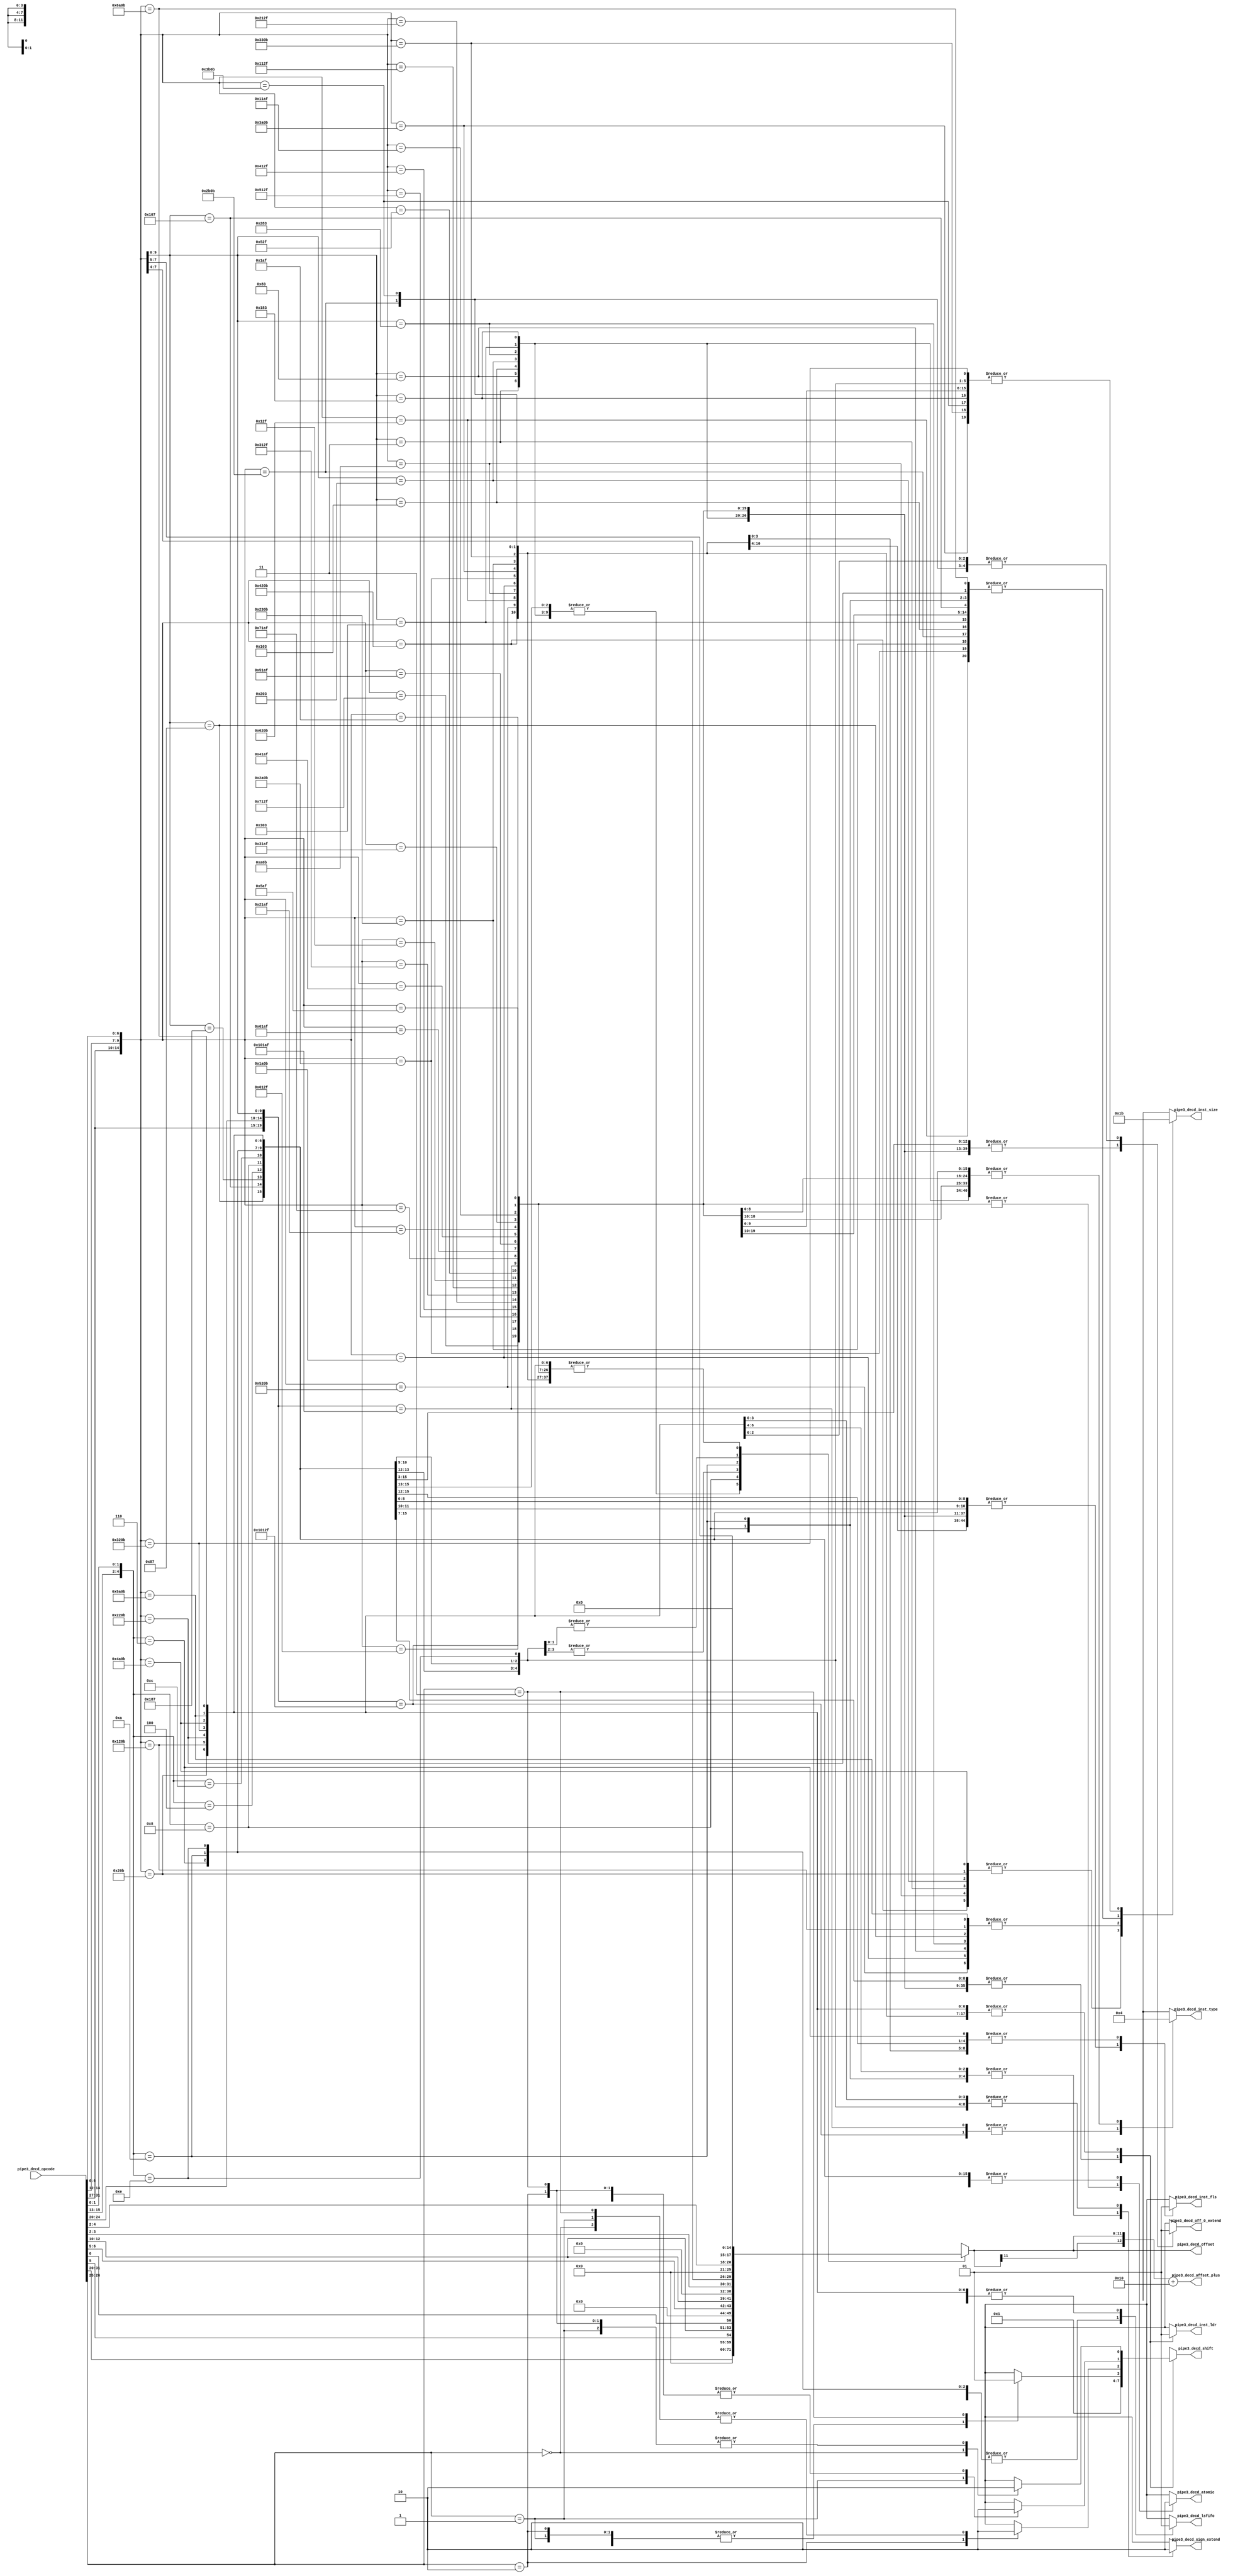
// This program was cloned from: https://github.com/T-head-Semi/openc910
// License: Apache License 2.0

/*Copyright 2019-2021 T-Head Semiconductor Co., Ltd.

Licensed under the Apache License, Version 2.0 (the "License");
you may not use this file except in compliance with the License.
You may obtain a copy of the License at

    http://www.apache.org/licenses/LICENSE-2.0

Unless required by applicable law or agreed to in writing, software
distributed under the License is distributed on an "AS IS" BASIS,
WITHOUT WARRANTIES OR CONDITIONS OF ANY KIND, either express or implied.
See the License for the specific language governing permissions and
limitations under the License.
*/

// &ModuleBeg; @27
module ct_idu_rf_pipe3_decd(
  pipe3_decd_atomic,
  pipe3_decd_inst_fls,
  pipe3_decd_inst_ldr,
  pipe3_decd_inst_size,
  pipe3_decd_inst_type,
  pipe3_decd_lsfifo,
  pipe3_decd_off_0_extend,
  pipe3_decd_offset,
  pipe3_decd_offset_plus,
  pipe3_decd_opcode,
  pipe3_decd_shift,
  pipe3_decd_sign_extend
);

// &Ports; @28
input   [31:0]  pipe3_decd_opcode;      
output          pipe3_decd_atomic;      
output          pipe3_decd_inst_fls;    
output          pipe3_decd_inst_ldr;    
output  [1 :0]  pipe3_decd_inst_size;   
output  [1 :0]  pipe3_decd_inst_type;   
output          pipe3_decd_lsfifo;      
output          pipe3_decd_off_0_extend; 
output  [11:0]  pipe3_decd_offset;      
output  [12:0]  pipe3_decd_offset_plus; 
output  [3 :0]  pipe3_decd_shift;       
output          pipe3_decd_sign_extend; 

// &Regs; @29
reg     [3 :0]  ldr_shift;              
reg             pipe3_decd_atomic;      
reg             pipe3_decd_inst_fls;    
reg             pipe3_decd_inst_ldr;    
reg     [1 :0]  pipe3_decd_inst_size;   
reg     [1 :0]  pipe3_decd_inst_type;   
reg             pipe3_decd_inst_vls;    
reg             pipe3_decd_lsfifo;      
reg             pipe3_decd_off_0_extend; 
reg     [11:0]  pipe3_decd_offset;      
reg     [3 :0]  pipe3_decd_shift;       
reg             pipe3_decd_sign_extend; 

// &Wires; @30
wire    [31:0]  decd_op;                
wire    [12:0]  pipe3_decd_offset_plus; 
wire    [31:0]  pipe3_decd_opcode;      


parameter BYTE        = 2'b00,
          HALF        = 2'b01,
          WORD        = 2'b10,
          DWORD       = 2'b11;

//==========================================================
//                    Rename Input
//==========================================================
assign decd_op[31:0] = pipe3_decd_opcode[31:0];

//==========================================================
//              Decode for offset shift
//==========================================================
// &CombBeg; @45
always @( decd_op[26:25])
begin
ldr_shift[3:0] = 4'b0;
case(decd_op[26:25])
  2'b00:ldr_shift[0] = 1'b1;
  2'b01:ldr_shift[1] = 1'b1;
  2'b10:ldr_shift[2] = 1'b1;
  2'b11:ldr_shift[3] = 1'b1;
  default:ldr_shift[3:0] = 4'b0;
endcase
// &CombEnd; @54
end

//==========================================================
//                       Decode
//==========================================================
// &CombBeg; @59
always @( decd_op[31:0]
       or ldr_shift[3:0])
begin
casez(decd_op[31:0])
//------------------------normal----------------------------
  //  ..28..24..20..16..12...8...4...0
  32'b?????????????????000?????0000011:  //lb
  begin
    pipe3_decd_atomic         = 1'b0;
    pipe3_decd_sign_extend    = 1'b1;
    pipe3_decd_inst_type[1:0] = 2'b00;
    pipe3_decd_inst_size[1:0] = 2'b00;
    pipe3_decd_inst_fls       = 1'b0;
    pipe3_decd_inst_vls       = 1'b0;
    pipe3_decd_offset[11:0]   = decd_op[31:20];
    pipe3_decd_shift[3:0]     = 4'b1;
    pipe3_decd_inst_ldr       = 1'b0;
    pipe3_decd_off_0_extend   = 1'b0;
    pipe3_decd_lsfifo         = 1'b1;
  end
  //  ..28..24..20..16..12...8...4...0
  32'b?????????????????001?????0000011:  //lh
  begin
    pipe3_decd_atomic         = 1'b0;
    pipe3_decd_sign_extend    = 1'b1;
    pipe3_decd_inst_type[1:0] = 2'b00;
    pipe3_decd_inst_size[1:0] = 2'b01;
    pipe3_decd_inst_fls       = 1'b0;
    pipe3_decd_inst_vls       = 1'b0;
    pipe3_decd_offset[11:0]   = decd_op[31:20];
    pipe3_decd_shift[3:0]     = 4'b1;
    pipe3_decd_inst_ldr       = 1'b0;
    pipe3_decd_off_0_extend   = 1'b0;
    pipe3_decd_lsfifo         = 1'b1;
  end
  //  ..28..24..20..16..12...8...4...0
  32'b?????????????????010?????0000011:  //lw
  begin
    pipe3_decd_atomic         = 1'b0;
    pipe3_decd_sign_extend    = 1'b1;
    pipe3_decd_inst_type[1:0] = 2'b00;
    pipe3_decd_inst_size[1:0] = 2'b10;
    pipe3_decd_inst_fls       = 1'b0;
    pipe3_decd_inst_vls       = 1'b0;
    pipe3_decd_offset[11:0]   = decd_op[31:20];
    pipe3_decd_shift[3:0]     = 4'b1;
    pipe3_decd_inst_ldr       = 1'b0;
    pipe3_decd_off_0_extend   = 1'b0;
    pipe3_decd_lsfifo         = 1'b1;
  end
  //  ..28..24..20..16..12...8...4...0
  32'b?????????????????100?????0000011:  //lbu
  begin
    pipe3_decd_atomic         = 1'b0;
    pipe3_decd_sign_extend    = 1'b0;
    pipe3_decd_inst_type[1:0] = 2'b00;
    pipe3_decd_inst_size[1:0] = 2'b00;
    pipe3_decd_inst_fls       = 1'b0;
    pipe3_decd_inst_vls       = 1'b0;
    pipe3_decd_offset[11:0]   = decd_op[31:20];
    pipe3_decd_shift[3:0]     = 4'b1;
    pipe3_decd_inst_ldr       = 1'b0;
    pipe3_decd_off_0_extend   = 1'b0;
    pipe3_decd_lsfifo         = 1'b1;
  end
  //  ..28..24..20..16..12...8...4...0
  32'b?????????????????101?????0000011:  //lhu
  begin
    pipe3_decd_atomic         = 1'b0;
    pipe3_decd_sign_extend    = 1'b0;
    pipe3_decd_inst_type[1:0] = 2'b00;
    pipe3_decd_inst_size[1:0] = 2'b01;
    pipe3_decd_inst_fls       = 1'b0;
    pipe3_decd_inst_vls       = 1'b0;
    pipe3_decd_offset[11:0]   = decd_op[31:20];
    pipe3_decd_shift[3:0]     = 4'b1;
    pipe3_decd_inst_ldr       = 1'b0;
    pipe3_decd_off_0_extend   = 1'b0;
    pipe3_decd_lsfifo         = 1'b1;
  end
  //  ..28..24..20..16..12...8...4...0
  32'b?????????????????110?????0000011:  //lwu
  begin
    pipe3_decd_atomic         = 1'b0;
    pipe3_decd_sign_extend    = 1'b0;
    pipe3_decd_inst_type[1:0] = 2'b00;
    pipe3_decd_inst_size[1:0] = 2'b10;
    pipe3_decd_inst_fls       = 1'b0;
    pipe3_decd_inst_vls       = 1'b0;
    pipe3_decd_offset[11:0]   = decd_op[31:20];
    pipe3_decd_shift[3:0]     = 4'b1;
    pipe3_decd_inst_ldr       = 1'b0;
    pipe3_decd_off_0_extend   = 1'b0;
    pipe3_decd_lsfifo         = 1'b1;
  end
  //  ..28..24..20..16..12...8...4...0
  32'b?????????????????011?????0000011:  //ld
  begin
    pipe3_decd_atomic         = 1'b0;
    pipe3_decd_sign_extend    = 1'b0;
    pipe3_decd_inst_type[1:0] = 2'b00;
    pipe3_decd_inst_size[1:0] = 2'b11;
    pipe3_decd_inst_fls       = 1'b0;
    pipe3_decd_inst_vls       = 1'b0;
    pipe3_decd_offset[11:0]   = decd_op[31:20];
    pipe3_decd_shift[3:0]     = 4'b1;
    pipe3_decd_inst_ldr       = 1'b0;
    pipe3_decd_off_0_extend   = 1'b0;
    pipe3_decd_lsfifo         = 1'b1;
  end
//------------------------atomic----------------------------
  //  ..28..24..20..16..12...8...4...0
  32'b00010??00000?????010?????0101111:  //lr.w
  begin
    pipe3_decd_atomic         = 1'b1;
    pipe3_decd_sign_extend    = 1'b1;
    pipe3_decd_inst_type[1:0] = 2'b01;
    pipe3_decd_inst_size[1:0] = 2'b10;
    pipe3_decd_inst_fls       = 1'b0;
    pipe3_decd_inst_vls       = 1'b0;
    pipe3_decd_offset[11:0]   = 12'b0;
    pipe3_decd_shift[3:0]     = 4'b1;
    pipe3_decd_inst_ldr       = 1'b0;
    pipe3_decd_off_0_extend   = 1'b0;
    pipe3_decd_lsfifo         = 1'b0;
  end
  //  ..28..24..20..16..12...8...4...0
  32'b00001????????????010?????0101111,  //amoswap.w
  32'b00000????????????010?????0101111,  //amoadd .w
  32'b00100????????????010?????0101111,  //amoxor .w
  32'b01100????????????010?????0101111,  //amoand .w
  32'b01000????????????010?????0101111,  //amoor  .w
  32'b10000????????????010?????0101111,  //amomin .w
  32'b10100????????????010?????0101111,  //amomax .w
  32'b11000????????????010?????0101111,  //amominu.w
  32'b11100????????????010?????0101111:  //amomaxu.w
  begin
    pipe3_decd_atomic         = 1'b1;
    pipe3_decd_sign_extend    = 1'b1;
    pipe3_decd_inst_type[1:0] = 2'b00;
    pipe3_decd_inst_size[1:0] = 2'b10;
    pipe3_decd_inst_fls       = 1'b0;
    pipe3_decd_inst_vls       = 1'b0;
    pipe3_decd_offset[11:0]   = 12'b0;
    pipe3_decd_shift[3:0]     = 4'b1;
    pipe3_decd_inst_ldr       = 1'b0;
    pipe3_decd_off_0_extend   = 1'b0;
    pipe3_decd_lsfifo         = 1'b0;
  end
  //  ..28..24..20..16..12...8...4...0
  32'b00010??00000?????011?????0101111:  //lr.d
  begin
    pipe3_decd_atomic         = 1'b1;
    pipe3_decd_sign_extend    = 1'b0;
    pipe3_decd_inst_type[1:0] = 2'b01;
    pipe3_decd_inst_size[1:0] = 2'b11;
    pipe3_decd_inst_fls       = 1'b0;
    pipe3_decd_inst_vls       = 1'b0;
    pipe3_decd_offset[11:0]   = 12'b0;
    pipe3_decd_shift[3:0]     = 4'b1;
    pipe3_decd_inst_ldr       = 1'b0;
    pipe3_decd_off_0_extend   = 1'b0;
    pipe3_decd_lsfifo         = 1'b0;
  end
  //  ..28..24..20..16..12...8...4...0
  32'b00001????????????011?????0101111,  //amoswap.d
  32'b00000????????????011?????0101111,  //amoadd .d
  32'b00100????????????011?????0101111,  //amoxor .d
  32'b01100????????????011?????0101111,  //amoand .d
  32'b01000????????????011?????0101111,  //amoor  .d
  32'b10000????????????011?????0101111,  //amomin .d
  32'b10100????????????011?????0101111,  //amomax .d
  32'b11000????????????011?????0101111,  //amominu.d
  32'b11100????????????011?????0101111:  //amomaxu.d
  begin
    pipe3_decd_atomic         = 1'b1;
    pipe3_decd_sign_extend    = 1'b0;
    pipe3_decd_inst_type[1:0] = 2'b00;
    pipe3_decd_inst_size[1:0] = 2'b11;
    pipe3_decd_inst_fls       = 1'b0;
    pipe3_decd_inst_vls       = 1'b0;
    pipe3_decd_offset[11:0]   = 12'b0;
    pipe3_decd_shift[3:0]     = 4'b1;
    pipe3_decd_inst_ldr       = 1'b0;
    pipe3_decd_off_0_extend   = 1'b0;
    pipe3_decd_lsfifo         = 1'b0;
  end
//------------------------float-----------------------------
  //  ..28..24..20..16..12...8...4...0
  32'b?????????????????001?????0000111:  //flh
  begin
    pipe3_decd_atomic         = 1'b0;
    pipe3_decd_sign_extend    = 1'b0;
    pipe3_decd_inst_type[1:0] = 2'b00;
    pipe3_decd_inst_size[1:0] = 2'b01;
    pipe3_decd_inst_fls       = 1'b1;
    pipe3_decd_inst_vls       = 1'b0;
    pipe3_decd_offset[11:0]   = decd_op[31:20];
    pipe3_decd_shift[3:0]     = 4'b1;
    pipe3_decd_inst_ldr       = 1'b0;
    pipe3_decd_off_0_extend   = 1'b0;
    pipe3_decd_lsfifo         = 1'b1;
  end
  //  ..28..24..20..16..12...8...4...0
  32'b?????????????????010?????0000111:  //flw
  begin
    pipe3_decd_atomic         = 1'b0;
    pipe3_decd_sign_extend    = 1'b0;
    pipe3_decd_inst_type[1:0] = 2'b00;
    pipe3_decd_inst_size[1:0] = 2'b10;
    pipe3_decd_inst_fls       = 1'b1;
    pipe3_decd_inst_vls       = 1'b0;
    pipe3_decd_offset[11:0]   = decd_op[31:20];
    pipe3_decd_shift[3:0]     = 4'b1;
    pipe3_decd_inst_ldr       = 1'b0;
    pipe3_decd_off_0_extend   = 1'b0;
    pipe3_decd_lsfifo         = 1'b1;
  end
  //  ..28..24..20..16..12...8...4...0
  32'b?????????????????011?????0000111:  //fld
  begin
    pipe3_decd_atomic         = 1'b0;
    pipe3_decd_sign_extend    = 1'b0;
    pipe3_decd_inst_type[1:0] = 2'b00;
    pipe3_decd_inst_size[1:0] = 2'b11;
    pipe3_decd_inst_fls       = 1'b1;
    pipe3_decd_inst_vls       = 1'b0;
    pipe3_decd_offset[11:0]   = decd_op[31:20];
    pipe3_decd_shift[3:0]     = 4'b1;
    pipe3_decd_inst_ldr       = 1'b0;
    pipe3_decd_off_0_extend   = 1'b0;
    pipe3_decd_lsfifo         = 1'b1;
  end
//------------------------short-----------------------------
  //  ..28..24..20..16..12...8...4...0
  32'b????????????????001???????????00:  //c.fld
  begin
    pipe3_decd_atomic         = 1'b0;
    pipe3_decd_sign_extend    = 1'b0;
    pipe3_decd_inst_type[1:0] = 2'b00;
    pipe3_decd_inst_size[1:0] = 2'b11;
    pipe3_decd_inst_fls       = 1'b1;
    pipe3_decd_inst_vls       = 1'b0;
    pipe3_decd_offset[11:0]   = {4'b0,decd_op[6:5],decd_op[12:10],3'b0};
    pipe3_decd_shift[3:0]     = 4'b1;
    pipe3_decd_inst_ldr       = 1'b0;
    pipe3_decd_off_0_extend   = 1'b0;
    pipe3_decd_lsfifo         = 1'b1;
  end
  //  ..28..24..20..16..12...8...4...0
  32'b????????????????010???????????00:  //c.lw
  begin
    pipe3_decd_atomic         = 1'b0;
    pipe3_decd_sign_extend    = 1'b1;
    pipe3_decd_inst_type[1:0] = 2'b00;
    pipe3_decd_inst_size[1:0] = 2'b10;
    pipe3_decd_inst_fls       = 1'b0;
    pipe3_decd_inst_vls       = 1'b0;
    pipe3_decd_offset[11:0]   = {5'b0,decd_op[5],decd_op[12:10],decd_op[6],2'b0};
    pipe3_decd_shift[3:0]     = 4'b1;
    pipe3_decd_inst_ldr       = 1'b0;
    pipe3_decd_off_0_extend   = 1'b0;
    pipe3_decd_lsfifo         = 1'b1;
  end
  //  ..28..24..20..16..12...8...4...0
  32'b????????????????011???????????00:  //c.ld
  begin
    pipe3_decd_atomic         = 1'b0;
    pipe3_decd_sign_extend    = 1'b0;
    pipe3_decd_inst_type[1:0] = 2'b00;
    pipe3_decd_inst_size[1:0] = 2'b11;
    pipe3_decd_inst_fls       = 1'b0;
    pipe3_decd_inst_vls       = 1'b0;
    pipe3_decd_offset[11:0]   = {4'b0,decd_op[6:5],decd_op[12:10],3'b0};
    pipe3_decd_shift[3:0]     = 4'b1;
    pipe3_decd_inst_ldr       = 1'b0;
    pipe3_decd_off_0_extend   = 1'b0;
    pipe3_decd_lsfifo         = 1'b1;
  end
  //  ..28..24..20..16..12...8...4...0
  32'b????????????????001???????????10:  //c.fldsp
  begin
    pipe3_decd_atomic         = 1'b0;
    pipe3_decd_sign_extend    = 1'b0;
    pipe3_decd_inst_type[1:0] = 2'b00;
    pipe3_decd_inst_size[1:0] = 2'b11;
    pipe3_decd_inst_fls       = 1'b1;
    pipe3_decd_inst_vls       = 1'b0;
    pipe3_decd_offset[11:0]   = {3'b0,decd_op[4:2],decd_op[12],decd_op[6:5],3'b0};
    pipe3_decd_shift[3:0]     = 4'b1;
    pipe3_decd_inst_ldr       = 1'b0;
    pipe3_decd_off_0_extend   = 1'b0;
    pipe3_decd_lsfifo         = 1'b0;
  end
  //  ..28..24..20..16..12...8...4...0
  32'b????????????????010???????????10:  //c.lwsp
  begin
    pipe3_decd_atomic         = 1'b0;
    pipe3_decd_sign_extend    = 1'b1;
    pipe3_decd_inst_type[1:0] = 2'b00;
    pipe3_decd_inst_size[1:0] = 2'b10;
    pipe3_decd_inst_fls       = 1'b0;
    pipe3_decd_inst_vls       = 1'b0;
    pipe3_decd_offset[11:0]   = {4'b0,decd_op[3:2],decd_op[12],decd_op[6:4],2'b0};
    pipe3_decd_shift[3:0]     = 4'b1;
    pipe3_decd_inst_ldr       = 1'b0;
    pipe3_decd_off_0_extend   = 1'b0;
    pipe3_decd_lsfifo         = 1'b0;
  end
  //  ..28..24..20..16..12...8...4...0
  32'b????????????????011???????????10:  //c.ldsp
  begin
    pipe3_decd_atomic         = 1'b0;
    pipe3_decd_sign_extend    = 1'b0;
    pipe3_decd_inst_type[1:0] = 2'b00;
    pipe3_decd_inst_size[1:0] = 2'b11;
    pipe3_decd_inst_fls       = 1'b0;
    pipe3_decd_inst_vls       = 1'b0;
    pipe3_decd_offset[11:0]   = {3'b0,decd_op[4:2],decd_op[12],decd_op[6:5],3'b0};
    pipe3_decd_shift[3:0]     = 4'b1;
    pipe3_decd_inst_ldr       = 1'b0;
    pipe3_decd_off_0_extend   = 1'b0;
    pipe3_decd_lsfifo         = 1'b0;
  end
  //  ..28..24..20..16..12...8...4...0
  32'b00000????????????100?????0001011:  //lrb
  begin
    pipe3_decd_atomic         = 1'b0;
    pipe3_decd_sign_extend    = 1'b1;
    pipe3_decd_inst_type[1:0] = 2'b00;
    pipe3_decd_inst_size[1:0] = 2'b00;
    pipe3_decd_inst_fls       = 1'b0;
    pipe3_decd_inst_vls       = 1'b0;
    pipe3_decd_offset[11:0]   = 12'b0;
    pipe3_decd_shift[3:0]     = ldr_shift[3:0];
    pipe3_decd_inst_ldr       = 1'b1;
    pipe3_decd_off_0_extend   = 1'b0;
    pipe3_decd_lsfifo         = 1'b1;
  end
  //  ..28..24..20..16..12...8...4...0
  32'b00100????????????100?????0001011:  //lrh
  begin
    pipe3_decd_atomic         = 1'b0;
    pipe3_decd_sign_extend    = 1'b1;
    pipe3_decd_inst_type[1:0] = 2'b00;
    pipe3_decd_inst_size[1:0] = 2'b01;
    pipe3_decd_inst_fls       = 1'b0;
    pipe3_decd_inst_vls       = 1'b0;
    pipe3_decd_offset[11:0]   = 12'b0;
    pipe3_decd_shift[3:0]     = ldr_shift[3:0];
    pipe3_decd_inst_ldr       = 1'b1;
    pipe3_decd_off_0_extend   = 1'b0;
    pipe3_decd_lsfifo         = 1'b1;
  end
  //  ..28..24..20..16..12...8...4...0
  32'b01000????????????100?????0001011:  //lrw
  begin
    pipe3_decd_atomic         = 1'b0;
    pipe3_decd_sign_extend    = 1'b1;
    pipe3_decd_inst_type[1:0] = 2'b00;
    pipe3_decd_inst_size[1:0] = 2'b10;
    pipe3_decd_inst_fls       = 1'b0;
    pipe3_decd_inst_vls       = 1'b0;
    pipe3_decd_offset[11:0]   = 12'b0;
    pipe3_decd_shift[3:0]     = ldr_shift[3:0];
    pipe3_decd_inst_ldr       = 1'b1;
    pipe3_decd_off_0_extend   = 1'b0;
    pipe3_decd_lsfifo         = 1'b1;
  end
  //  ..28..24..20..16..12...8...4...0
  32'b01100????????????100?????0001011:  //lrd
  begin
    pipe3_decd_atomic         = 1'b0;
    pipe3_decd_sign_extend    = 1'b0;
    pipe3_decd_inst_type[1:0] = 2'b00;
    pipe3_decd_inst_size[1:0] = 2'b11;
    pipe3_decd_inst_fls       = 1'b0;
    pipe3_decd_inst_vls       = 1'b0;
    pipe3_decd_offset[11:0]   = 12'b0;
    pipe3_decd_shift[3:0]     = ldr_shift[3:0];
    pipe3_decd_inst_ldr       = 1'b1;
    pipe3_decd_off_0_extend   = 1'b0;
    pipe3_decd_lsfifo         = 1'b1;
  end
  //  ..28..24..20..16..12...8...4...0
  32'b10000????????????100?????0001011:  //lrbu
  begin
    pipe3_decd_atomic         = 1'b0;
    pipe3_decd_sign_extend    = 1'b0;
    pipe3_decd_inst_type[1:0] = 2'b00;
    pipe3_decd_inst_size[1:0] = 2'b00;
    pipe3_decd_inst_fls       = 1'b0;
    pipe3_decd_inst_vls       = 1'b0;
    pipe3_decd_offset[11:0]   = 12'b0;
    pipe3_decd_shift[3:0]     = ldr_shift[3:0];
    pipe3_decd_inst_ldr       = 1'b1;
    pipe3_decd_off_0_extend   = 1'b0;
    pipe3_decd_lsfifo         = 1'b1;
  end
  //  ..28..24..20..16..12...8...4...0
  32'b10100????????????100?????0001011:  //lrhu
  begin
    pipe3_decd_atomic         = 1'b0;
    pipe3_decd_sign_extend    = 1'b0;
    pipe3_decd_inst_type[1:0] = 2'b00;
    pipe3_decd_inst_size[1:0] = 2'b01;
    pipe3_decd_inst_fls       = 1'b0;
    pipe3_decd_inst_vls       = 1'b0;
    pipe3_decd_offset[11:0]   = 12'b0;
    pipe3_decd_shift[3:0]     = ldr_shift[3:0];
    pipe3_decd_inst_ldr       = 1'b1;
    pipe3_decd_off_0_extend   = 1'b0;
    pipe3_decd_lsfifo         = 1'b1;
  end
  //  ..28..24..20..16..12...8...4...0
  32'b11000????????????100?????0001011:  //lrwu
  begin
    pipe3_decd_atomic         = 1'b0;
    pipe3_decd_sign_extend    = 1'b0;
    pipe3_decd_inst_type[1:0] = 2'b00;
    pipe3_decd_inst_size[1:0] = 2'b10;
    pipe3_decd_inst_fls       = 1'b0;
    pipe3_decd_inst_vls       = 1'b0;
    pipe3_decd_offset[11:0]   = 12'b0;
    pipe3_decd_shift[3:0]     = ldr_shift[3:0];
    pipe3_decd_inst_ldr       = 1'b1;
    pipe3_decd_off_0_extend   = 1'b0;
    pipe3_decd_lsfifo         = 1'b1;
  end
  //  ..28..24..20..16..12...8...4...0
  32'b00010????????????100?????0001011:  //lurb
  begin
    pipe3_decd_atomic         = 1'b0;
    pipe3_decd_sign_extend    = 1'b1;
    pipe3_decd_inst_type[1:0] = 2'b00;
    pipe3_decd_inst_size[1:0] = 2'b00;
    pipe3_decd_inst_fls       = 1'b0;
    pipe3_decd_inst_vls       = 1'b0;
    pipe3_decd_offset[11:0]   = 12'b0;
    pipe3_decd_shift[3:0]     = ldr_shift[3:0];
    pipe3_decd_inst_ldr       = 1'b1;
    pipe3_decd_off_0_extend   = 1'b1;
    pipe3_decd_lsfifo         = 1'b1;
  end
  //  ..28..24..20..16..12...8...4...0
  32'b00110????????????100?????0001011:  //lurh
  begin
    pipe3_decd_atomic         = 1'b0;
    pipe3_decd_sign_extend    = 1'b1;
    pipe3_decd_inst_type[1:0] = 2'b00;
    pipe3_decd_inst_size[1:0] = 2'b01;
    pipe3_decd_inst_fls       = 1'b0;
    pipe3_decd_inst_vls       = 1'b0;
    pipe3_decd_offset[11:0]   = 12'b0;
    pipe3_decd_shift[3:0]     = ldr_shift[3:0];
    pipe3_decd_inst_ldr       = 1'b1;
    pipe3_decd_off_0_extend   = 1'b1;
    pipe3_decd_lsfifo         = 1'b1;
  end
  //  ..28..24..20..16..12...8...4...0
  32'b01010????????????100?????0001011:  //lurw
  begin
    pipe3_decd_atomic         = 1'b0;
    pipe3_decd_sign_extend    = 1'b1;
    pipe3_decd_inst_type[1:0] = 2'b00;
    pipe3_decd_inst_size[1:0] = 2'b10;
    pipe3_decd_inst_fls       = 1'b0;
    pipe3_decd_inst_vls       = 1'b0;
    pipe3_decd_offset[11:0]   = 12'b0;
    pipe3_decd_shift[3:0]     = ldr_shift[3:0];
    pipe3_decd_inst_ldr       = 1'b1;
    pipe3_decd_off_0_extend   = 1'b1;
    pipe3_decd_lsfifo         = 1'b1;
  end
  //  ..28..24..20..16..12...8...4...0
  32'b01110????????????100?????0001011:  //lurd
  begin
    pipe3_decd_atomic         = 1'b0;
    pipe3_decd_sign_extend    = 1'b0;
    pipe3_decd_inst_type[1:0] = 2'b00;
    pipe3_decd_inst_size[1:0] = 2'b11;
    pipe3_decd_inst_fls       = 1'b0;
    pipe3_decd_inst_vls       = 1'b0;
    pipe3_decd_offset[11:0]   = 12'b0;
    pipe3_decd_shift[3:0]     = ldr_shift[3:0];
    pipe3_decd_inst_ldr       = 1'b1;
    pipe3_decd_off_0_extend   = 1'b1;
    pipe3_decd_lsfifo         = 1'b1;
  end
  //  ..28..24..20..16..12...8...4...0
  32'b10010????????????100?????0001011:  //lurbu
  begin
    pipe3_decd_atomic         = 1'b0;
    pipe3_decd_sign_extend    = 1'b0;
    pipe3_decd_inst_type[1:0] = 2'b00;
    pipe3_decd_inst_size[1:0] = 2'b00;
    pipe3_decd_inst_fls       = 1'b0;
    pipe3_decd_inst_vls       = 1'b0;
    pipe3_decd_offset[11:0]   = 12'b0;
    pipe3_decd_shift[3:0]     = ldr_shift[3:0];
    pipe3_decd_inst_ldr       = 1'b1;
    pipe3_decd_off_0_extend   = 1'b1;
    pipe3_decd_lsfifo         = 1'b1;
  end
  //  ..28..24..20..16..12...8...4...0
  32'b10110????????????100?????0001011:  //lurhu
  begin
    pipe3_decd_atomic         = 1'b0;
    pipe3_decd_sign_extend    = 1'b0;
    pipe3_decd_inst_type[1:0] = 2'b00;
    pipe3_decd_inst_size[1:0] = 2'b01;
    pipe3_decd_inst_fls       = 1'b0;
    pipe3_decd_inst_vls       = 1'b0;
    pipe3_decd_offset[11:0]   = 12'b0;
    pipe3_decd_shift[3:0]     = ldr_shift[3:0];
    pipe3_decd_inst_ldr       = 1'b1;
    pipe3_decd_off_0_extend   = 1'b1;
    pipe3_decd_lsfifo         = 1'b1;
  end
  //  ..28..24..20..16..12...8...4...0
  32'b11010????????????100?????0001011:  //lurwu
  begin
    pipe3_decd_atomic         = 1'b0;
    pipe3_decd_sign_extend    = 1'b0;
    pipe3_decd_inst_type[1:0] = 2'b00;
    pipe3_decd_inst_size[1:0] = 2'b10;
    pipe3_decd_inst_fls       = 1'b0;
    pipe3_decd_inst_vls       = 1'b0;
    pipe3_decd_offset[11:0]   = 12'b0;
    pipe3_decd_shift[3:0]     = ldr_shift[3:0];
    pipe3_decd_inst_ldr       = 1'b1;
    pipe3_decd_off_0_extend   = 1'b1;
    pipe3_decd_lsfifo         = 1'b1;
  end
 //  ..28..24..20..16..12...8...4...0
  32'b01000????????????110?????0001011:  //flrw
  begin
    pipe3_decd_atomic         = 1'b0;
    pipe3_decd_sign_extend    = 1'b1;
    pipe3_decd_inst_type[1:0] = 2'b00;
    pipe3_decd_inst_size[1:0] = 2'b10;
    pipe3_decd_inst_fls       = 1'b1;
    pipe3_decd_inst_vls       = 1'b0;
    pipe3_decd_offset[11:0]   = 12'b0;
    pipe3_decd_shift[3:0]     = ldr_shift[3:0];
    pipe3_decd_inst_ldr       = 1'b1;
    pipe3_decd_off_0_extend   = 1'b0;
    pipe3_decd_lsfifo         = 1'b1;
  end
  //  ..28..24..20..16..12...8...4...0
  32'b01100????????????110?????0001011:  //flrd
  begin
    pipe3_decd_atomic         = 1'b0;
    pipe3_decd_sign_extend    = 1'b0;
    pipe3_decd_inst_type[1:0] = 2'b00;
    pipe3_decd_inst_size[1:0] = 2'b11;
    pipe3_decd_inst_fls       = 1'b1;
    pipe3_decd_inst_vls       = 1'b0;
    pipe3_decd_offset[11:0]   = 12'b0;
    pipe3_decd_shift[3:0]     = ldr_shift[3:0];
    pipe3_decd_inst_ldr       = 1'b1;
    pipe3_decd_off_0_extend   = 1'b0;
    pipe3_decd_lsfifo         = 1'b1;
  end
  //  ..28..24..20..16..12...8...4...0
  32'b01010????????????110?????0001011:  //flurw
  begin
    pipe3_decd_atomic         = 1'b0;
    pipe3_decd_sign_extend    = 1'b1;
    pipe3_decd_inst_type[1:0] = 2'b00;
    pipe3_decd_inst_size[1:0] = 2'b10;
    pipe3_decd_inst_fls       = 1'b1;
    pipe3_decd_inst_vls       = 1'b0;
    pipe3_decd_offset[11:0]   = 12'b0;
    pipe3_decd_shift[3:0]     = ldr_shift[3:0];
    pipe3_decd_inst_ldr       = 1'b1;
    pipe3_decd_off_0_extend   = 1'b1;
    pipe3_decd_lsfifo         = 1'b1;
  end
  //  ..28..24..20..16..12...8...4...0
  32'b01110????????????110?????0001011:  //flurd
  begin
    pipe3_decd_atomic         = 1'b0;
    pipe3_decd_sign_extend    = 1'b0;
    pipe3_decd_inst_type[1:0] = 2'b00;
    pipe3_decd_inst_size[1:0] = 2'b11;
    pipe3_decd_inst_fls       = 1'b1;
    pipe3_decd_inst_vls       = 1'b0;
    pipe3_decd_offset[11:0]   = 12'b0;
    pipe3_decd_shift[3:0]     = ldr_shift[3:0];
    pipe3_decd_inst_ldr       = 1'b1;
    pipe3_decd_off_0_extend   = 1'b1;
    pipe3_decd_lsfifo         = 1'b1;
  end

  ////  ..28..24..20..16..12...8...4...0
  //32'b????????????????????????????????:  //template
  //begin
  //  pipe3_decd_atomic         = 1'b0;
  //  pipe3_decd_sign_extend    = 1'b0;
  //  pipe3_decd_inst_type[1:0] = 2'b00;
  //  pipe3_decd_inst_size[1:0] = 2'b00;
  //  pipe3_decd_inst_fls       = 1'b0;
  //  pipe3_decd_inst_vls       = 1'b0;
  //  pipe3_decd_offset[11:0]   = 12'b0;
  //  pipe3_decd_shift[3:0]     = 4'b1;
  //  pipe3_decd_inst_ldr       = 1'b0;
  //  pipe3_decd_off_0_extend   = 1'b0;
  //end
  default:
  begin
    pipe3_decd_atomic         = 1'bx;
    pipe3_decd_sign_extend    = 1'bx;
    pipe3_decd_inst_type[1:0] = {2{1'bx}};
    pipe3_decd_inst_size[1:0] = {2{1'bx}};
    pipe3_decd_inst_fls       = 1'bx;
    pipe3_decd_inst_vls       = 1'bx;
    pipe3_decd_offset[11:0]   = {12{1'bx}};
    pipe3_decd_shift[3:0]     = {4{1'bx}};
    pipe3_decd_inst_ldr       = 1'bx;
    pipe3_decd_off_0_extend   = 1'bx;
    pipe3_decd_lsfifo         = 1'bx;
  end
endcase
// &CombEnd; @1045
end

// &Force("output","pipe3_decd_offset"); @1047
assign pipe3_decd_offset_plus[12:0] = {pipe3_decd_offset[11],pipe3_decd_offset[11:0]}
                                      + 13'h10;

//for vector decode
// &Force("output","pipe3_decd_inst_vls"); @1053
// &Force("output","pipe3_decd_atomic"); @1054
// &Force("output","pipe3_decd_unit_stride"); @1055
// &Force("output","pipe3_decd_inst_fof"); @1056
// &Force("output","pipe3_decd_vmask_vld"); @1057
// &CombBeg; @1082
// &CombEnd; @1092
// &CombBeg; @1098
// &CombEnd; @1106
// &CombBeg; @1115
// &CombEnd; @1123
// &CombBeg; @1129
// &CombEnd; @1143
// &CombBeg; @1145
// &CombEnd; @1165
// &Force("nonport","pipe3_decd_inst_vls"); @1167


// &ModuleEnd; @1171
endmodule